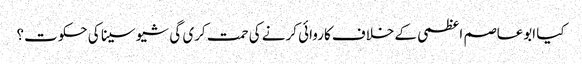
کیا ابوعاصم اعظمی کے خلاف کاروائی کرنے کی حمت کری گی شیو سینا کی حکوت؟